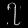
Digit: ၇